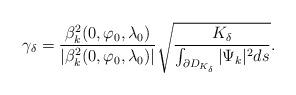
LaTeX: \begin{align*}\gamma_\delta=\frac{\beta_k^2(0,\varphi_0,\lambda_0)}{|\beta_k^2(0,\varphi_0,\lambda_0)|}\sqrt{\frac{K_\delta}{\int_{\partial D_{K_\delta}}|\Psi_k|^2ds}}.\end{align*}